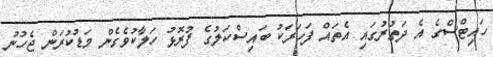
ހައިޓްސްގެ އެ ދަތުރުގައި އެތައް ފަހަރަކު ބައިސްކަލުގެ ފުރޮޅު ހަލާކުވެގެން މަޑުކުރަން ޖެހުނު